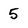
Character: 5